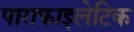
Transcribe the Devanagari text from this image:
पाराफाइलेटिक